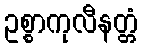
ဥစ္စာကုလီနတ္တံ